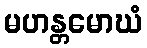
မဟန္တမောဃံ